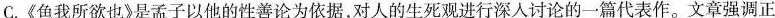
C.《鱼我所欲也》是孟子以他的性善论为依据，对人的生死观进行深入讨论的一篇代表作。文章强调正